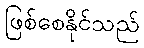
ဖြစ်စေနိုင်သည်